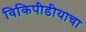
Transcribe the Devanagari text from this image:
विकिपीडीयाचा